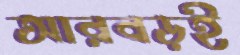
আরবড়ই